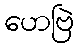
ဟေဗြဲ